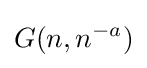
G(n,n^{-a})